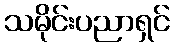
သမိုင်းပညာရှင်